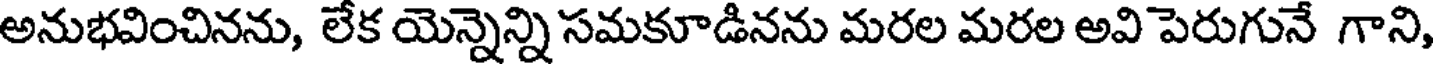
అనుభవించినను, లేక యెన్నెన్ని సమకూడినను మరల మరల అవి పెరుగునే గాని,